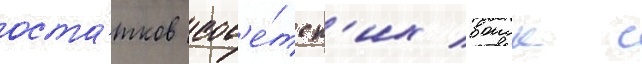
оста́тков сов'е́тск'их воиск с